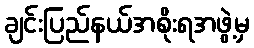
ချင်းပြည်နယ်အစိုးရအဖွဲ့မှ